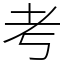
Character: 考